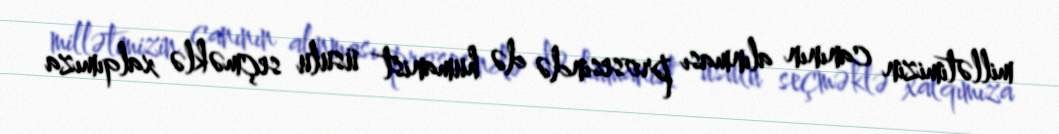
millətimizin canının alınması prosesində də humanist üsulu seçməklə xalqımıza